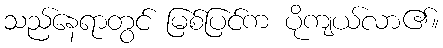
သည်နေရာတွင် မြစ်ပြင်က ပိုကျယ်လာ၏။